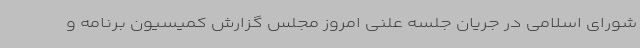
شورای اسلامی در جریان جلسه علنی امروز مجلس گزارش کمیسیون برنامه و